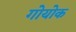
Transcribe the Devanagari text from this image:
गोयोक